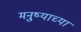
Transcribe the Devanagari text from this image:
मनु्ष्याच्या